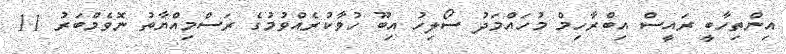
އިންތިހާބީ ރައީސް އިބްރާހިމް މުހައްމަދު ސޯލިހު އިބޫ ހުވާކުރެއްވުމުގެ ރަސްމިއްޔާތު ނޮވެމްބަރު 11